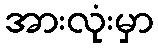
အားလုံးမှာ